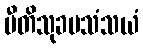
ပီတိသုခမသံသယံ